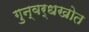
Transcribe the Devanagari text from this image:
गुन्वर्धखोत